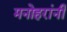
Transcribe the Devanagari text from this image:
मनोहरांनी